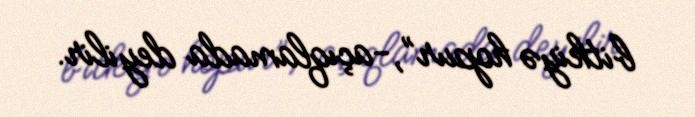
bitkiyə hopur”,-açıqlamada deyilir.